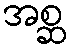
အစ္ဆ